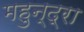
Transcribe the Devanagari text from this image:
महुन्द्रा